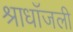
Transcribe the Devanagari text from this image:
श्राधाँजली